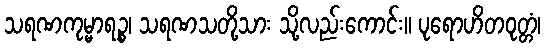
သရဏကုမ္မာရဉ္စ၊ သရဏသတို့သား သို့လည်းကောင်း။ ပုရောဟိတဝုတ္တံ၊